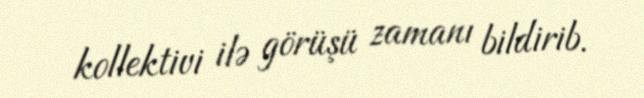
kollektivi ilə görüşü zamanı bildirib.